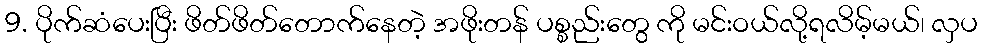
9. ပိုက်ဆံပေးပြီး ဖိတ်ဖိတ်တောက်နေတဲ့ အဖိုးတန် ပစ္စည်းတွေ ကို မင်းဝယ်လို့ရလိမ့်မယ်၊ လှပ